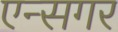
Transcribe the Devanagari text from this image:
एन्सगर